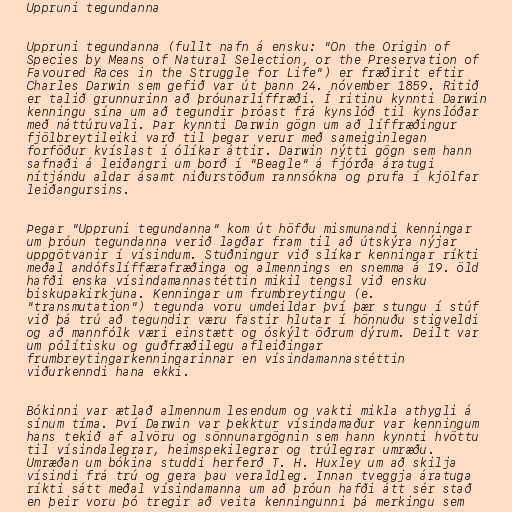
Uppruni tegundanna

Uppruni tegundanna (fullt nafn á ensku: "On the Origin of
Species by Means of Natural Selection, or the Preservation of
Favoured Races in the Struggle for Life") er fræðirit eftir
Charles Darwin sem gefið var út þann 24. nóvember 1859. Ritið
er talið grunnurinn að þróunarlíffræði. Í ritinu kynnti Darwin
kenningu sína um að tegundir þróast frá kynslóð til kynslóðar
með náttúruvali. Þar kynnti Darwin gögn um að líffræðingur
fjölbreytileiki varð til þegar verur með sameiginlegan
forföður kvíslast í ólíkar áttir. Darwin nýtti gögn sem hann
safnaði á leiðangri um borð í "Beagle" á fjórða áratugi
nítjándu aldar ásamt niðurstöðum rannsókna og prufa í kjölfar
leiðangursins.

Þegar "Uppruni tegundanna" kom út höfðu mismunandi kenningar
um þróun tegundanna verið lagðar fram til að útskýra nýjar
uppgötvanir í vísindum. Stuðningur við slíkar kenningar ríkti
meðal andófslíffærafræðinga og almennings en snemma á 19. öld
hafði enska vísindamannastéttin mikil tengsl við ensku
biskupakirkjuna. Kenningar um frumbreytingu (e.
"transmutation") tegunda voru umdeildar því þær stungu í stúf
við þá trú að tegundir væru fastir hlutar í hönnuðu stigveldi
og að mannfólk væri einstætt og óskýlt öðrum dýrum. Deilt var
um pólítisku og guðfræðilegu afleiðingar
frumbreytingarkenningarinnar en vísindamannastéttin
viðurkenndi hana ekki.

Bókinni var ætlað almennum lesendum og vakti mikla athygli á
sínum tíma. Því Darwin var þekktur vísindamaður var kenningum
hans tekið af alvöru og sönnunargögnin sem hann kynnti hvöttu
til vísindalegrar, heimspekilegrar og trúlegrar umræðu.
Umræðan um bókina studdi herferð T. H. Huxley um að skilja
vísindi frá trú og gera þau veraldleg. Innan tveggja áratuga
ríkti sátt meðal vísindamanna um að þróun hafði átt sér stað
en þeir voru þó tregir að veita kenningunni þá merkingu sem